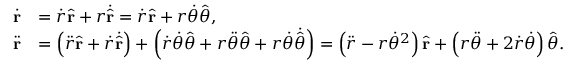
{ \begin{array} { r l } { { \dot { \mathbf { r } } } } & { = { \dot { r } } { \hat { \mathbf { r } } } + r { \dot { \hat { \mathbf { r } } } } = { \dot { r } } { \hat { \mathbf { r } } } + r { \dot { \theta } } { \hat { \boldsymbol { \theta } } } , } \\ { { \ddot { \mathbf { r } } } } & { = \left( { \ddot { r } } { \hat { \mathbf { r } } } + { \dot { r } } { \dot { \hat { \mathbf { r } } } } \right) + \left( { \dot { r } } { \dot { \theta } } { \hat { \boldsymbol { \theta } } } + r { \ddot { \theta } } { \hat { \boldsymbol { \theta } } } + r { \dot { \theta } } { \dot { \hat { \boldsymbol { \theta } } } } \right) = \left( { \ddot { r } } - r { \dot { \theta } } ^ { 2 } \right) { \hat { \mathbf { r } } } + \left( r { \ddot { \theta } } + 2 { \dot { r } } { \dot { \theta } } \right) { \hat { \boldsymbol { \theta } } } . } \end{array} }